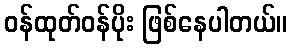
ဝန်ထုတ်ဝန်ပိုး ဖြစ်နေပါတယ်။